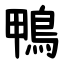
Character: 鴨